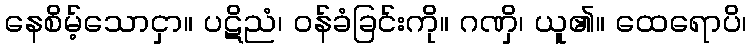
နေစိမ့်သောငှာ။ ပဋိညံ၊ ဝန်ခံခြင်းကို။ ဂဏှိ၊ ယူ၏။ ထေရောပိ၊